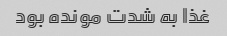
غذا به شدت مونده بود